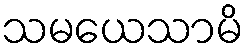
သမယေသာမိ